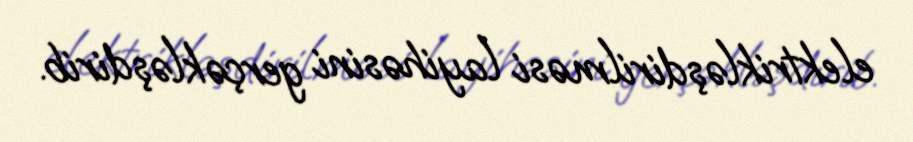
elektrikləşdirilməsi layihəsini gerçəkləşdirib.